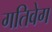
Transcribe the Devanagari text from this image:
गतिवेग